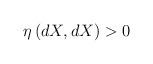
LaTeX: \begin{align*} \eta\left(dX,dX\right) > 0\end{align*}